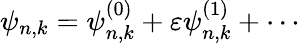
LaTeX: \psi_{n,k}=\psi_{n,k}^{(0)}+\varepsilon\psi_{n,k}^{(1)}+\cdots